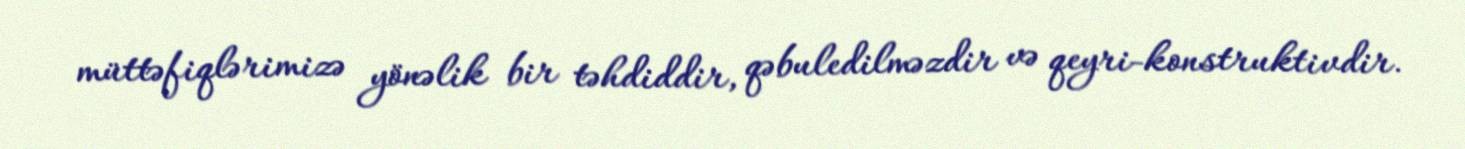
müttəfiqlərimizə yönəlik bir təhdiddir, qəbuledilməzdir və qeyri-konstruktivdir.